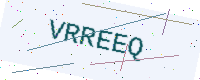
Text: VRREEQ